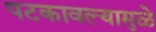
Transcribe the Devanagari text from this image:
पटकावल्यामुळे